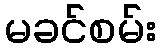
မခင်စမ်း